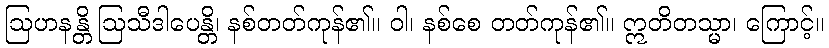
ဩဟနန္တိ ဩသီဒါပေန္တိ၊ နစ်တတ်ကုန်၏။ ဝါ၊ နစ်စေ တတ်ကုန်၏။ ဣတိတသ္မာ၊ ကြောင့်။